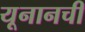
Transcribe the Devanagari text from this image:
यूनानची